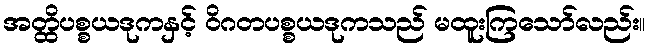
အတ္ထိပစ္စယဒုကနှင့် ဝိဂတပစ္စယဒုကသည် မထူးကြသော်လည်း။